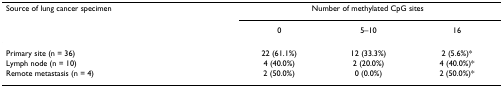
<table><thead><tr><td><b>Source of lung cancer specimen</b></td><td colspan="3"><b>Number of methylated CpG sites</b></td></tr><tr><td></td><td><b>0</b></td><td><b>5–10</b></td><td><b>16</b></td></tr></thead><tbody><tr><td>Primary site (n = 36)</td><td>22 (61.1%)</td><td>12 (33.3%)</td><td>2 (5.6%)*</td></tr><tr><td>Lymph node (n = 10)</td><td>4 (40.0%)</td><td>2 (20.0%)</td><td>4 (40.0%)*</td></tr><tr><td>Remote metastasis (n = 4)</td><td>2 (50.0%)</td><td>0 (0.0%)</td><td>2 (50.0%)*</td></tr></tbody></table>